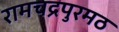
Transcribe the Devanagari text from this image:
रामचद्रपुरमठ